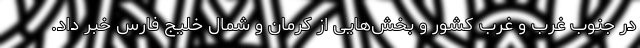
در جنوب غرب و غرب کشور و بخش‌هایی از کرمان و شمال خلیج فارس خبر داد.